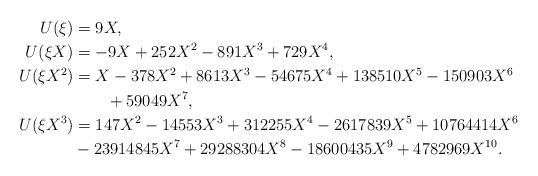
LaTeX: \begin{align*}U(\xi)&=9X,\\U(\xi X)&=-9X+ 252X^2- 891X^3+ 729X^4,\\U(\xi X^2)&=X -378X^2+ 8613X^3 -54675X^4 +138510X^5-150903X^6\\&\qquad+ 59049X^7,\\U(\xi X^3)&=147X^2 -14553X^3 +312255X^4 -2617839X^5 +10764414X^6\\&-23914845X^7 +29288304X^8 -18600435X^9 + 4782969X^{10}.\end{align*}